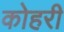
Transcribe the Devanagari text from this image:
कोहरी